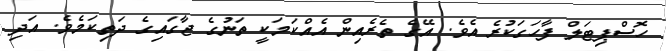
ހޮސްޕިޓަލް ފާހަގަކުރެ އެވެ. އޭގެ ތެރެއިން އެއްކަމަކީ ތަނުގެ ޖާގައިގެ ދަތިކަމެވެ. އަދި